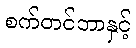
စက်တင်ဘာနှင့်